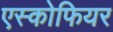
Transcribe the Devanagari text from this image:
एस्कोफियर